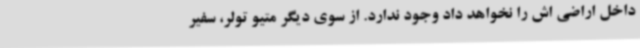
داخل اراضی اش را نخواهد داد وجود ندارد. از سوی دیگر متیو تولر، سفیر